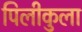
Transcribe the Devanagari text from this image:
पिलीकुला